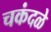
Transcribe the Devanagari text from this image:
चकंदळे